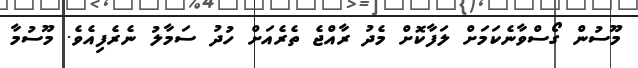
މޫސުން ގޯސްވާނެކަމަށް ލަފާކޮށް މެދު ރާއްޖެ ތެރެއަށް ހުދު ސަމާލު ނެރެފިއެވެ. މޫސުމާ